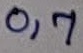
Text: 0,7